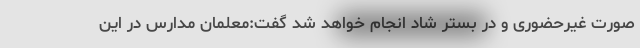
صورت غیرحضوری و در بستر شاد انجام خواهد شد گفت:معلمان مدارس در این